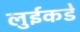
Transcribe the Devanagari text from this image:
लुईकडे